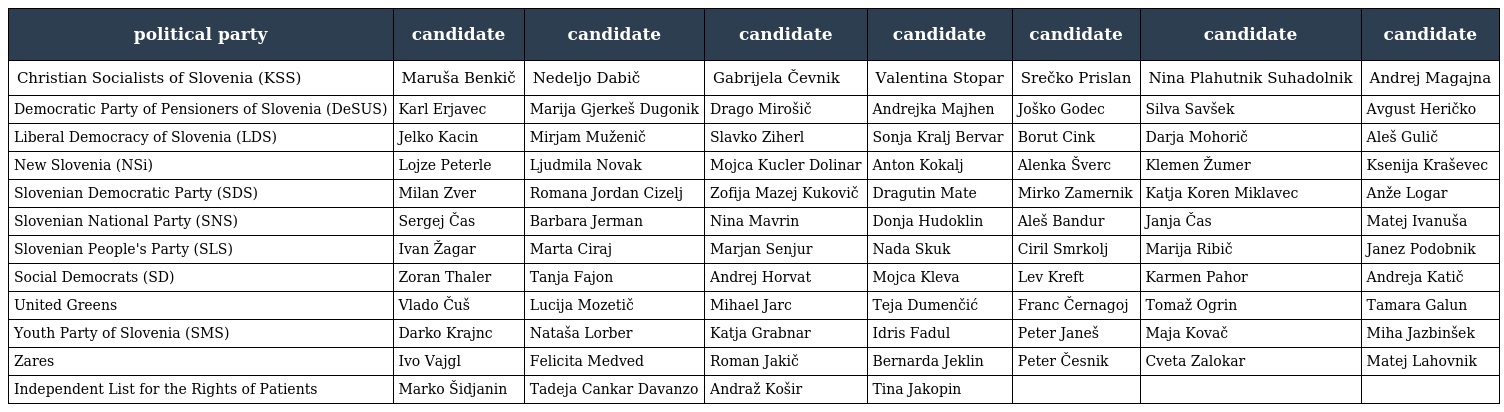
| political party | candidate | candidate | candidate | candidate | candidate | candidate | candidate |
 | --- | --- | --- | --- | --- | --- | --- | --- |
 | Christian Socialists of Slovenia (KSS) | Maruša Benkič | Nedeljo Dabič | Gabrijela Čevnik | Valentina Stopar | Srečko Prislan | Nina Plahutnik Suhadolnik | Andrej Magajna |
 | Democratic Party of Pensioners of Slovenia (DeSUS) | Karl Erjavec | Marija Gjerkeš Dugonik | Drago Mirošič | Andrejka Majhen | Joško Godec | Silva Savšek | Avgust Heričko |
 | Liberal Democracy of Slovenia (LDS) | Jelko Kacin | Mirjam Muženič | Slavko Ziherl | Sonja Kralj Bervar | Borut Cink | Darja Mohorič | Aleš Gulič |
 | New Slovenia (NSi) | Lojze Peterle | Ljudmila Novak | Mojca Kucler Dolinar | Anton Kokalj | Alenka Šverc | Klemen Žumer | Ksenija Kraševec |
 | Slovenian Democratic Party (SDS) | Milan Zver | Romana Jordan Cizelj | Zofija Mazej Kukovič | Dragutin Mate | Mirko Zamernik | Katja Koren Miklavec | Anže Logar |
 | Slovenian National Party (SNS) | Sergej Čas | Barbara Jerman | Nina Mavrin | Donja Hudoklin | Aleš Bandur | Janja Čas | Matej Ivanuša |
 | Slovenian People's Party (SLS) | Ivan Žagar | Marta Ciraj | Marjan Senjur | Nada Skuk | Ciril Smrkolj | Marija Ribič | Janez Podobnik |
 | Social Democrats (SD) | Zoran Thaler | Tanja Fajon | Andrej Horvat | Mojca Kleva | Lev Kreft | Karmen Pahor | Andreja Katič |
 | United Greens | Vlado Čuš | Lucija Mozetič | Mihael Jarc | Teja Dumenčić | Franc Černagoj | Tomaž Ogrin | Tamara Galun |
 | Youth Party of Slovenia (SMS) | Darko Krajnc | Nataša Lorber | Katja Grabnar | Idris Fadul | Peter Janeš | Maja Kovač | Miha Jazbinšek |
 | Zares | Ivo Vajgl | Felicita Medved | Roman Jakič | Bernarda Jeklin | Peter Česnik | Cveta Zalokar | Matej Lahovnik |
 | Independent List for the Rights of Patients | Marko Šidjanin | Tadeja Cankar Davanzo | Andraž Košir | Tina Jakopin |  |  |  |